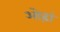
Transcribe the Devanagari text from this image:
ओढ़ां